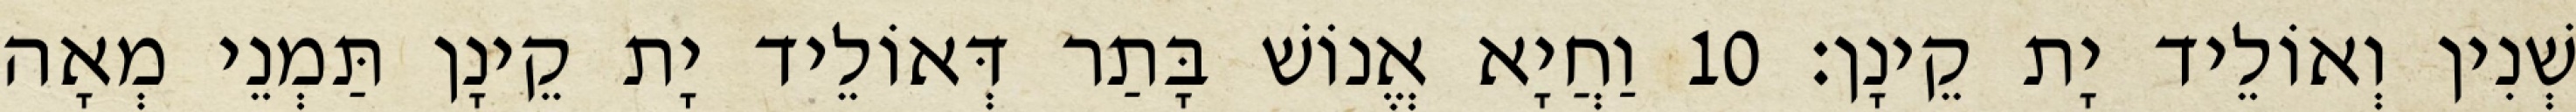
שְׁנִין וְאוֹלֵיד יָת קֵינָן׃ 10 וַחֲיָא אֱנוֹשׁ בָּתַר דְּאוֹלֵיד יָת קֵינָן תַּמְנֵי מְאָה